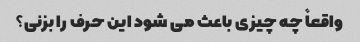
واقعاً چه چیزی باعث می شود این حرف را بزنی؟